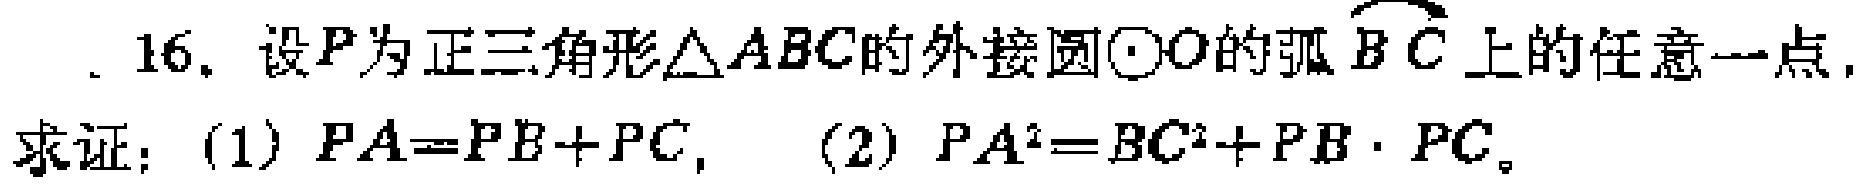
16. 设\(P\)为正三角形\(\triangle ABC\)的外接圆\(\odot O\)的弧\(\overset{\frown}{BC}\)上的任意一点，

求证：(1) \(PA = PB + PC\)， (2) \(PA^{2}=BC^{2}+PB\cdot PC\)。